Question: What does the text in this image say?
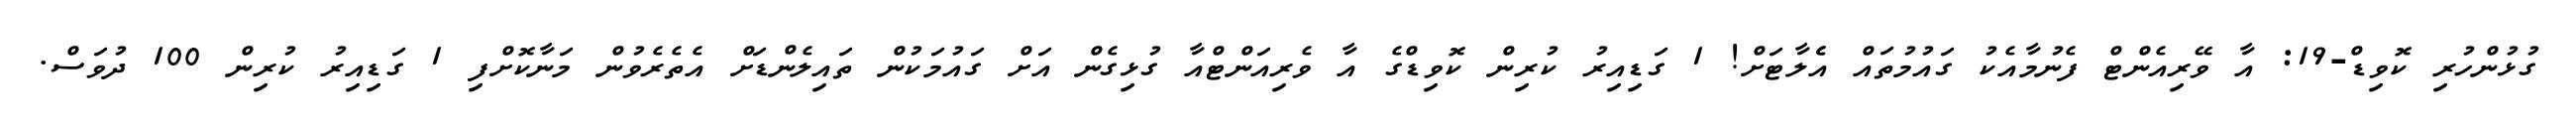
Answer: ގުޅުންހުރި ކޮވިޑް-19: އާ ވޭރިއެންޓް ފެނުމާއެކު ގައުމުތައް އެެލާޓަށް! 1 ގަޑިއިރު ކުރިން ކޮވިޑްގެ އާ ވެރިއަންޓްއާ ގުޅިގެން އަށް ގައުމަކުން ތައިލެންޑަށް އެތެރެވުން މަނާކޮށްފި 1 ގަޑިއިރު ކުރިން 100 ދުވަސް.